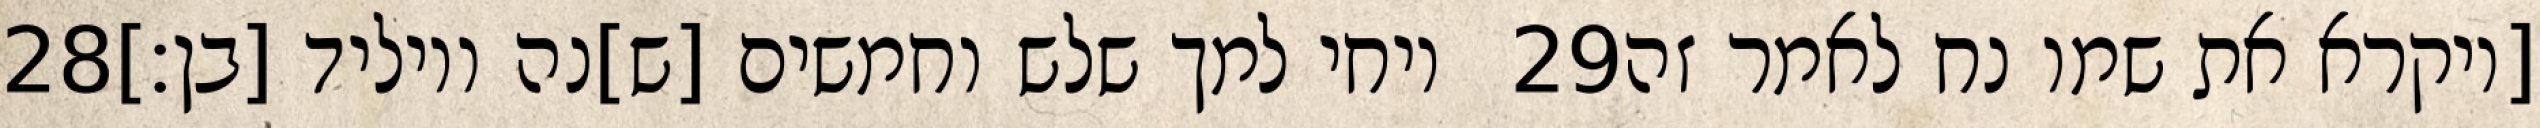
‎28‏ ויחי למך שלש וחמשים [ש]נה ויוליד [בן׃] ‎29‏ [ויקרא את שמו נח לאמר זה